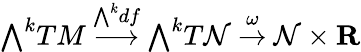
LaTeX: {\textstyle\bigwedge}^{k}TM\ {\stackrel{{\bigwedge}^{k}df}{\longrightarrow}}\ {\textstyle\bigwedge}^{k}T\mathcal{N}\ {\stackrel{\omega}{\to}}\ \mathcal{N}\times\mathbf{{R}}